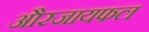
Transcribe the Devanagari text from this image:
औरजायफल